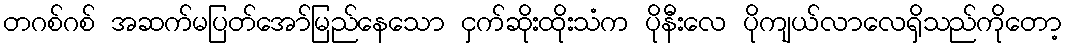
တဂစ်ဂစ် အဆက်မပြတ်အော်မြည်နေသော ငှက်ဆိုးထိုးသံက ပိုနီးလေ ပိုကျယ်လာလေရှိသည်ကိုတော့